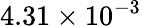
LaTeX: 4.31\times 10^{-3}